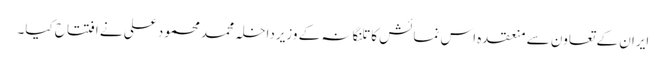
ایران کے تعاون سے منعقدہ اس نمائش کا تلنگانہ کے وزیرداخلہ محمد محمود علی نے افتتاح کیا۔